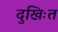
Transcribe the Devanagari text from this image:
दुखिःत